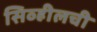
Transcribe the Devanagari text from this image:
सिव्हीलची